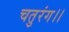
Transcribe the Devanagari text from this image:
चतुरंग।।